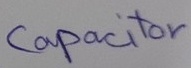
Text: Capacitor